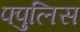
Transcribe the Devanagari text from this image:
फ्पुलिस